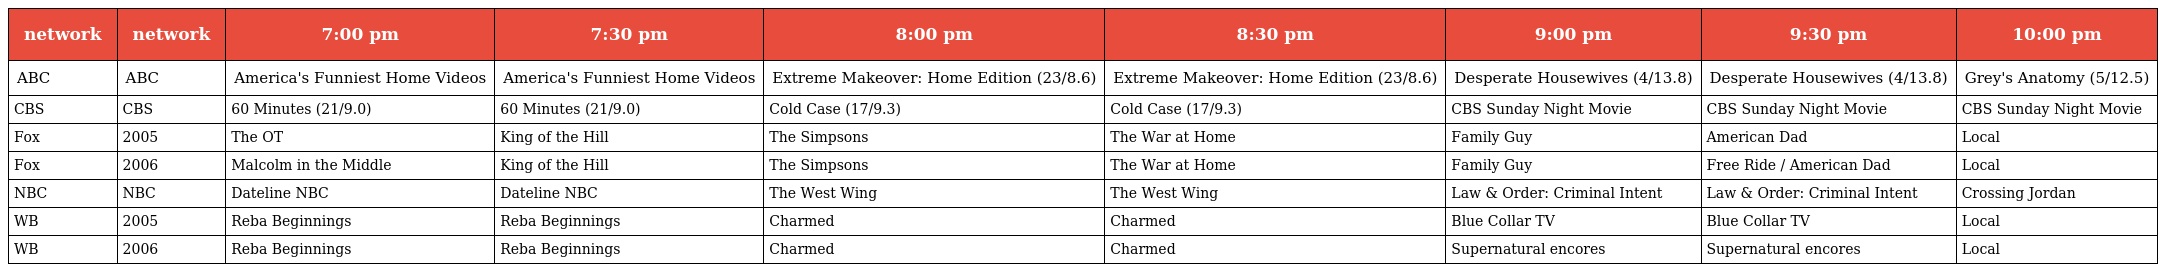
| network | network | 7:00 pm | 7:30 pm | 8:00 pm | 8:30 pm | 9:00 pm | 9:30 pm | 10:00 pm |
 | --- | --- | --- | --- | --- | --- | --- | --- | --- |
 | ABC | ABC | America's Funniest Home Videos | America's Funniest Home Videos | Extreme Makeover: Home Edition (23/8.6) | Extreme Makeover: Home Edition (23/8.6) | Desperate Housewives (4/13.8) | Desperate Housewives (4/13.8) | Grey's Anatomy (5/12.5) |
 | CBS | CBS | 60 Minutes (21/9.0) | 60 Minutes (21/9.0) | Cold Case (17/9.3) | Cold Case (17/9.3) | CBS Sunday Night Movie | CBS Sunday Night Movie | CBS Sunday Night Movie |
 | Fox | 2005 | The OT | King of the Hill | The Simpsons | The War at Home | Family Guy | American Dad | Local |
 | Fox | 2006 | Malcolm in the Middle | King of the Hill | The Simpsons | The War at Home | Family Guy | Free Ride / American Dad | Local |
 | NBC | NBC | Dateline NBC | Dateline NBC | The West Wing | The West Wing | Law & Order: Criminal Intent | Law & Order: Criminal Intent | Crossing Jordan |
 | WB | 2005 | Reba Beginnings | Reba Beginnings | Charmed | Charmed | Blue Collar TV | Blue Collar TV | Local |
 | WB | 2006 | Reba Beginnings | Reba Beginnings | Charmed | Charmed | Supernatural encores | Supernatural encores | Local |